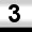
Digit: 3